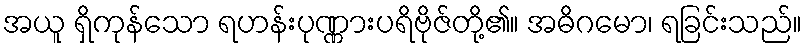
အယူ ရှိကုန်သော ရဟန်းပုဏ္ဏားပရိဗိုဇ်တို့၏။ အဓိဂမော၊ ရခြင်းသည်။